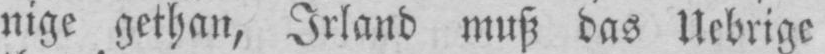
nige gethan, Irland muß das Uebrige